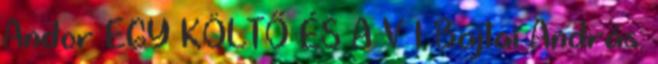
Andor EGY KÖLTŐ ÉS A V 1 Bajtai András: